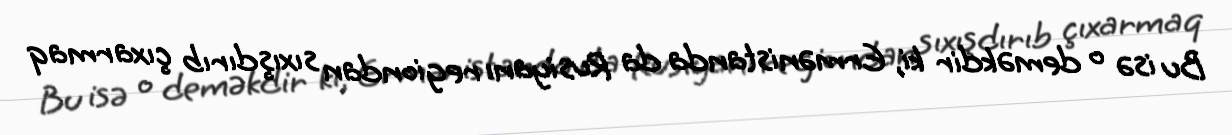
Bu isə o deməkdir ki, Ermənistanda da Rusiyanı regiondan sıxışdırıb çıxarmaq